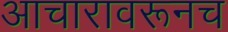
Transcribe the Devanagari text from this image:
आचारावरूनच